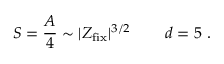
S = { \frac { A } { 4 } } \sim | Z _ { \mathrm { f i x } } | ^ { 3 / 2 } \, \qquad d = 5 \ .